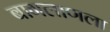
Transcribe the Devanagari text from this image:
बागलाणला